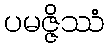
ပမဇ္ဇိဿံ